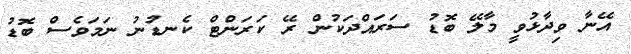
އޭނާ ވިދާޅުވީ މާލޭ ބޮޑު ސަރައްދަކުން ރޭ ކަރަންޓް ކެނޑުނު ނަމަވެސް ބޮޑު